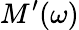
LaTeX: M^{\prime}(\omega)